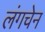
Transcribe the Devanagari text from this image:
लंगचेन